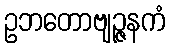
ဥဘတောဗျဉ္ဇနကံ